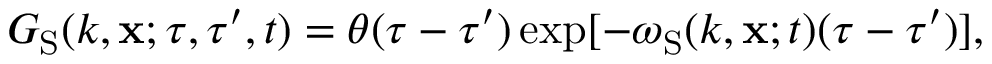
G _ { \mathrm { { S } } } ( k , { \bf { x } } ; \tau , \tau ^ { \prime } , t ) = \theta ( \tau - \tau ^ { \prime } ) \exp [ { - \omega _ { \mathrm { { S } } } } ( k , { \bf { x } } ; t ) ( \tau - \tau ^ { \prime } ) ] ,